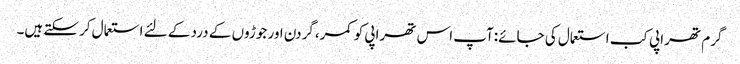
گرم تھراپی کب استعمال کی جائے:آپ اس تھراپی کو کمر،گردن اور جوڑوں کے درد کے لئے استعمال کرسکتے ہیں۔